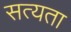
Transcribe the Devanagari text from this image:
सत्‍यता